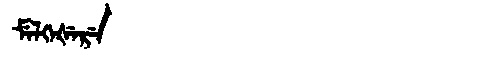
Manchu: ᠮᡝᠯᡴᡝᡧᡝᡵᡝ
Romanization: MELKEŠERE